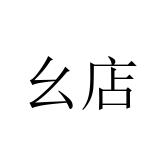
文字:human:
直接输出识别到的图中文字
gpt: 幺店